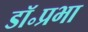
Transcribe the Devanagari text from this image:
डॉ॰प्रभा